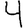
Digit: 4